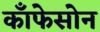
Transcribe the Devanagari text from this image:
काँफेसोन